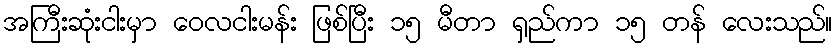
အကြီးဆုံးငါးမှာ ဝေလငါးမန်း ဖြစ်ပြီး ၁၅ မီတာ ရှည်ကာ ၁၅ တန် လေးသည်။